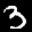
Label: 3